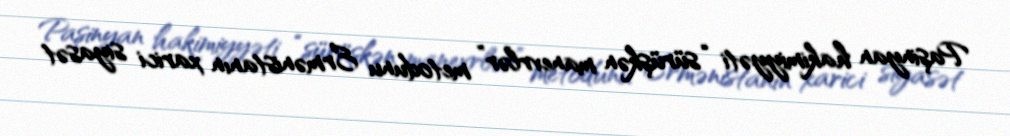
Paşinyan hakimiyyəti “sürüşkən manevrlər” metodunu Ermənistanın xarici siyasət